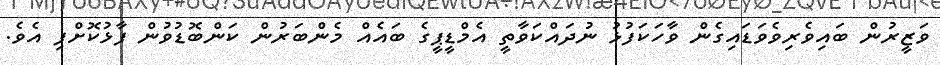
ވަޒީރުން ބައިވެރިވެވަޑައިގެން ވާހަކަފުޅު ނުދައްކަވާތީ އެމްޑީޕީގެ ބައެއް މެންބަރުން ކަންބޮޑުވުން ފާޅުކޮށްފި އެވެ.